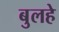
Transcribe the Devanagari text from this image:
बुलहे